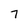
Character: 7